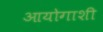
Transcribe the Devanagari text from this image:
आयोगाशी